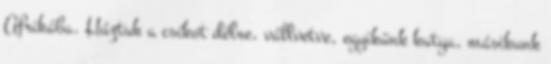
Afrikába. Húztuk a csíkot délre, vállvetve, egyikünk kutya, másikunk